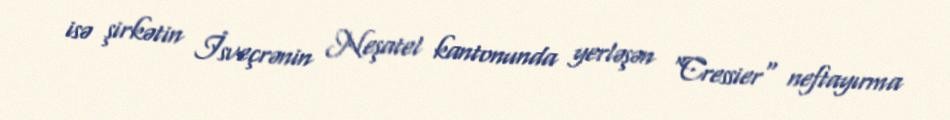
isə şirkətin İsveçrənin Neşatel kantonunda yerləşən "Cressier" neftayırma